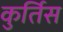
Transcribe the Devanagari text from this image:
कुर्तिस